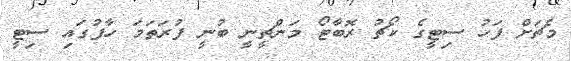
މެޗަށް ފަހު ސިޓީގެ ކޯޗު ރޮބާޓޯ މަންޗީނީ ބުނީ ފުރަތަމަ ހާފުގައި ސިޓީ